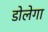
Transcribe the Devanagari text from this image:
डोलेगा